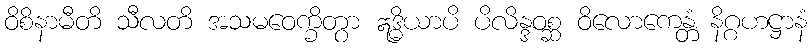
ဝိစိနာမီတိ သီလတိ အသမဝေက္ခိတွာ ဣဒ္ဓိယာပိ ပိလိန္ဒဝစ္ဆ ဝိလောကေန္တံ နိဂ္ဂဟဋ္ဌာနံ